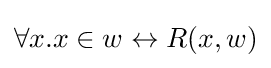
\forall x.x\in w\leftrightarrow R(x,w)